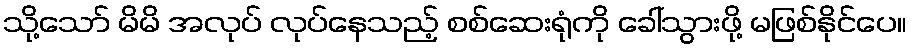
သို့သော် မိမိ အလုပ် လုပ်နေသည့် စစ်ဆေးရုံကို ခေါ်သွားဖို့ မဖြစ်နိုင်ပေ။